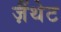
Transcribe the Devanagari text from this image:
ज़ैंथेट